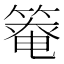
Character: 𫂑